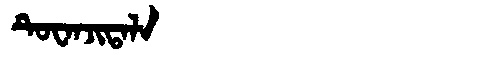
Manchu: ᡨᡠᠸᠠᠨᠵᡳᡨᠠᠯᠠ
Romanization: TUWANJITALA